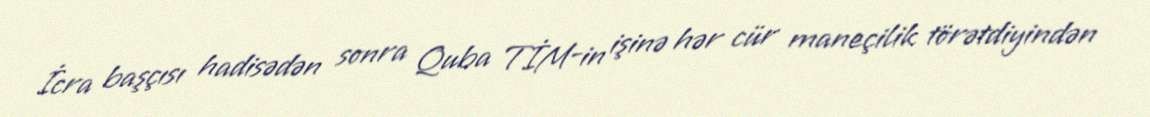
İcra başçısı hadisədən sonra Quba TİM-in işinə hər cür maneçilik törətdiyindən